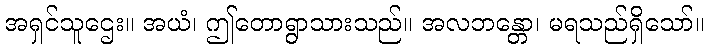
အရှင်သူဌေး။ အယံ၊ ဤတောရွာသားသည်။ အလဘန္တော၊ မရသည်ရှိသော်။